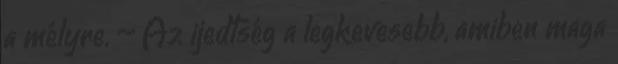
a mélyre. – Az ijedtség a legkevesebb, amiben maga